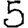
Digit: 5